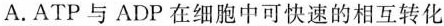
A.ATP与ADP在细胞中可快速的相互转化